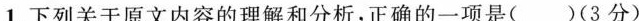
1.下列关于原文内容的理解和分析，正确的一项是((3分)